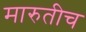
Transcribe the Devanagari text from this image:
मारुतीच